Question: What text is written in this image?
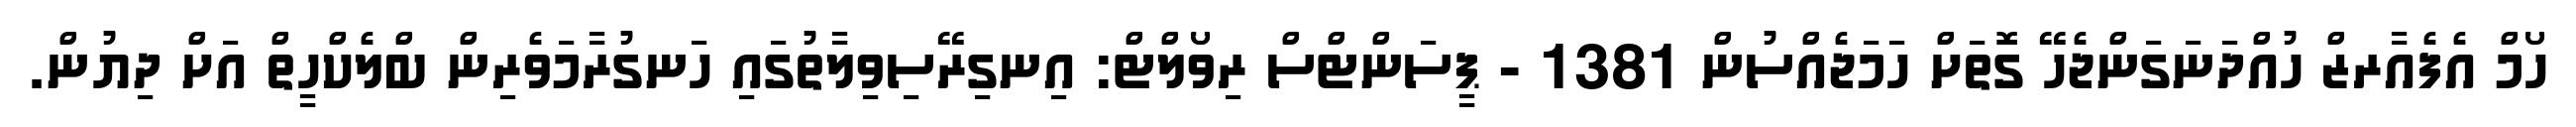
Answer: ހޯމް އެފެއާރޒް ހުއްދަނަގަންޖެހޭ ގޮތަށް ހަމަޖެއްސުން 1381 - ޕީސަންޓްސް ރިވޯލްޓް: އިނގިރޭސިވިލާތުގައި ހަނގުރާމަވެރިން ބްލެކްހީތް އަށް ދިޔުން.